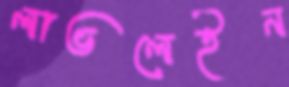
লাভলেইন